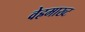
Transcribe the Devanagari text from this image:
वेह्रमाख्ट